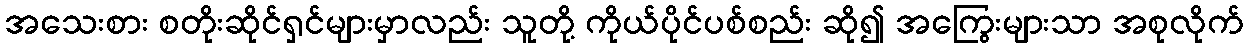
အသေးစား စတိုးဆိုင်ရှင်များမှာလည်း သူတို့ ကိုယ်ပိုင်ပစ်စည်း ဆို၍ အကြွေးများသာ အစုလိုက်